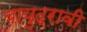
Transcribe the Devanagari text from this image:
वायुद्रावी